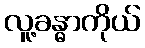
လူ့ခန္ဓာကိုယ်